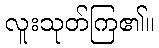
လူးသုတ်ကြ၏။